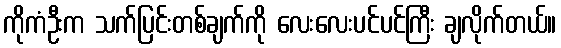
ကိုကံဦးက သက်ပြင်းတစ်ချက်ကို လေးလေးပင်ပင်ကြီး ချလိုက်တယ်။